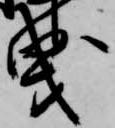
曳